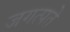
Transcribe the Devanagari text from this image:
जगत्पते